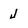
Character: j